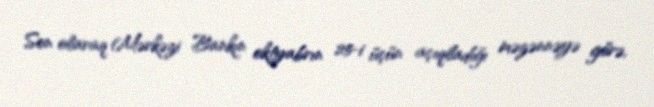
Son olaraq Mərkəzi Bankın oktyabrın 25-i üçün açıqladığı məzənnəyə görə,